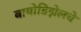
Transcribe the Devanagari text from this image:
बायोडिझेलचे